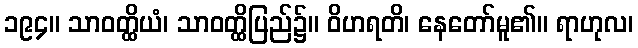
၁၉၄။ သာဝတ္ထိယံ၊ သာဝတ္ထိပြည်၌။ ဝိဟရတိ၊ နေတော်မူ၏။ ရာဟုလ၊